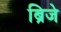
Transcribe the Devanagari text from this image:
ब्रिजे